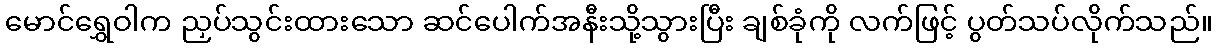
မောင်ရွှေဝါက ညှပ်သွင်းထားသော ဆင်ပေါက်အနီးသို့သွားပြီး ချစ်ခုံကို လက်ဖြင့် ပွတ်သပ်လိုက်သည်။